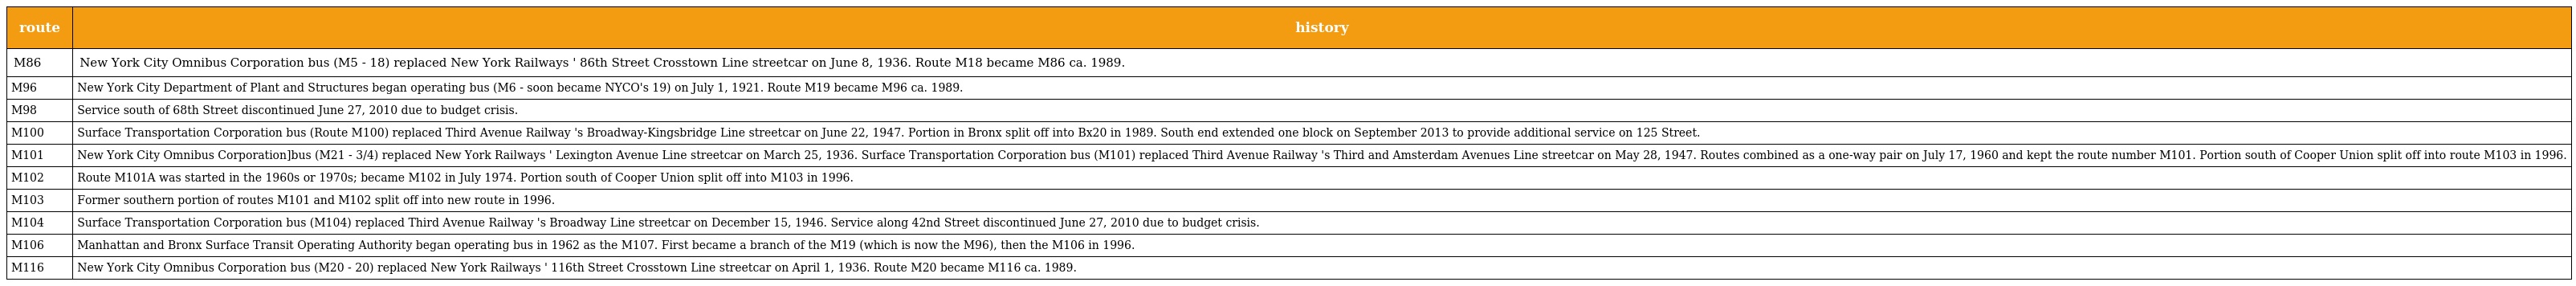
| route | history |
 | --- | --- |
 | M86 | New York City Omnibus Corporation bus (M5 - 18) replaced New York Railways ' 86th Street Crosstown Line streetcar on June 8, 1936. Route M18 became M86 ca. 1989. |
 | M96 | New York City Department of Plant and Structures began operating bus (M6 - soon became NYCO's 19) on July 1, 1921. Route M19 became M96 ca. 1989. |
 | M98 | Service south of 68th Street discontinued June 27, 2010 due to budget crisis. |
 | M100 | Surface Transportation Corporation bus (Route M100) replaced Third Avenue Railway 's Broadway-Kingsbridge Line streetcar on June 22, 1947. Portion in Bronx split off into Bx20 in 1989. South end extended one block on September 2013 to provide additional service on 125 Street. |
 | M101 | New York City Omnibus Corporation]bus (M21 - 3/4) replaced New York Railways ' Lexington Avenue Line streetcar on March 25, 1936. Surface Transportation Corporation bus (M101) replaced Third Avenue Railway 's Third and Amsterdam Avenues Line streetcar on May 28, 1947. Routes combined as a one-way pair on July 17, 1960 and kept the route number M101. Portion south of Cooper Union split off into route M103 in 1996. |
 | M102 | Route M101A was started in the 1960s or 1970s; became M102 in July 1974. Portion south of Cooper Union split off into M103 in 1996. |
 | M103 | Former southern portion of routes M101 and M102 split off into new route in 1996. |
 | M104 | Surface Transportation Corporation bus (M104) replaced Third Avenue Railway 's Broadway Line streetcar on December 15, 1946. Service along 42nd Street discontinued June 27, 2010 due to budget crisis. |
 | M106 | Manhattan and Bronx Surface Transit Operating Authority began operating bus in 1962 as the M107. First became a branch of the M19 (which is now the M96), then the M106 in 1996. |
 | M116 | New York City Omnibus Corporation bus (M20 - 20) replaced New York Railways ' 116th Street Crosstown Line streetcar on April 1, 1936. Route M20 became M116 ca. 1989. |